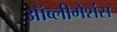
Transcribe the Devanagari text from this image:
ऑब्लीगेशंस